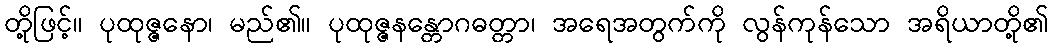
တို့ဖြင့်။ ပုထုဇ္ဇနော၊ မည်၏။ ပုထုဇ္ဇနန္တောဂဓတ္တာ၊ အရေအတွက်ကို လွန်ကုန်သော အရိယာတို့၏